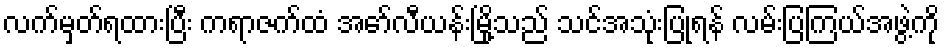
လက်မှတ်ရထားပြီး ကရာဇက်ထံ အော်လီယန်းမြို့သည် သင်အသုံးပြုရန် လမ်းပြကြယ်အဖွဲ့ကို